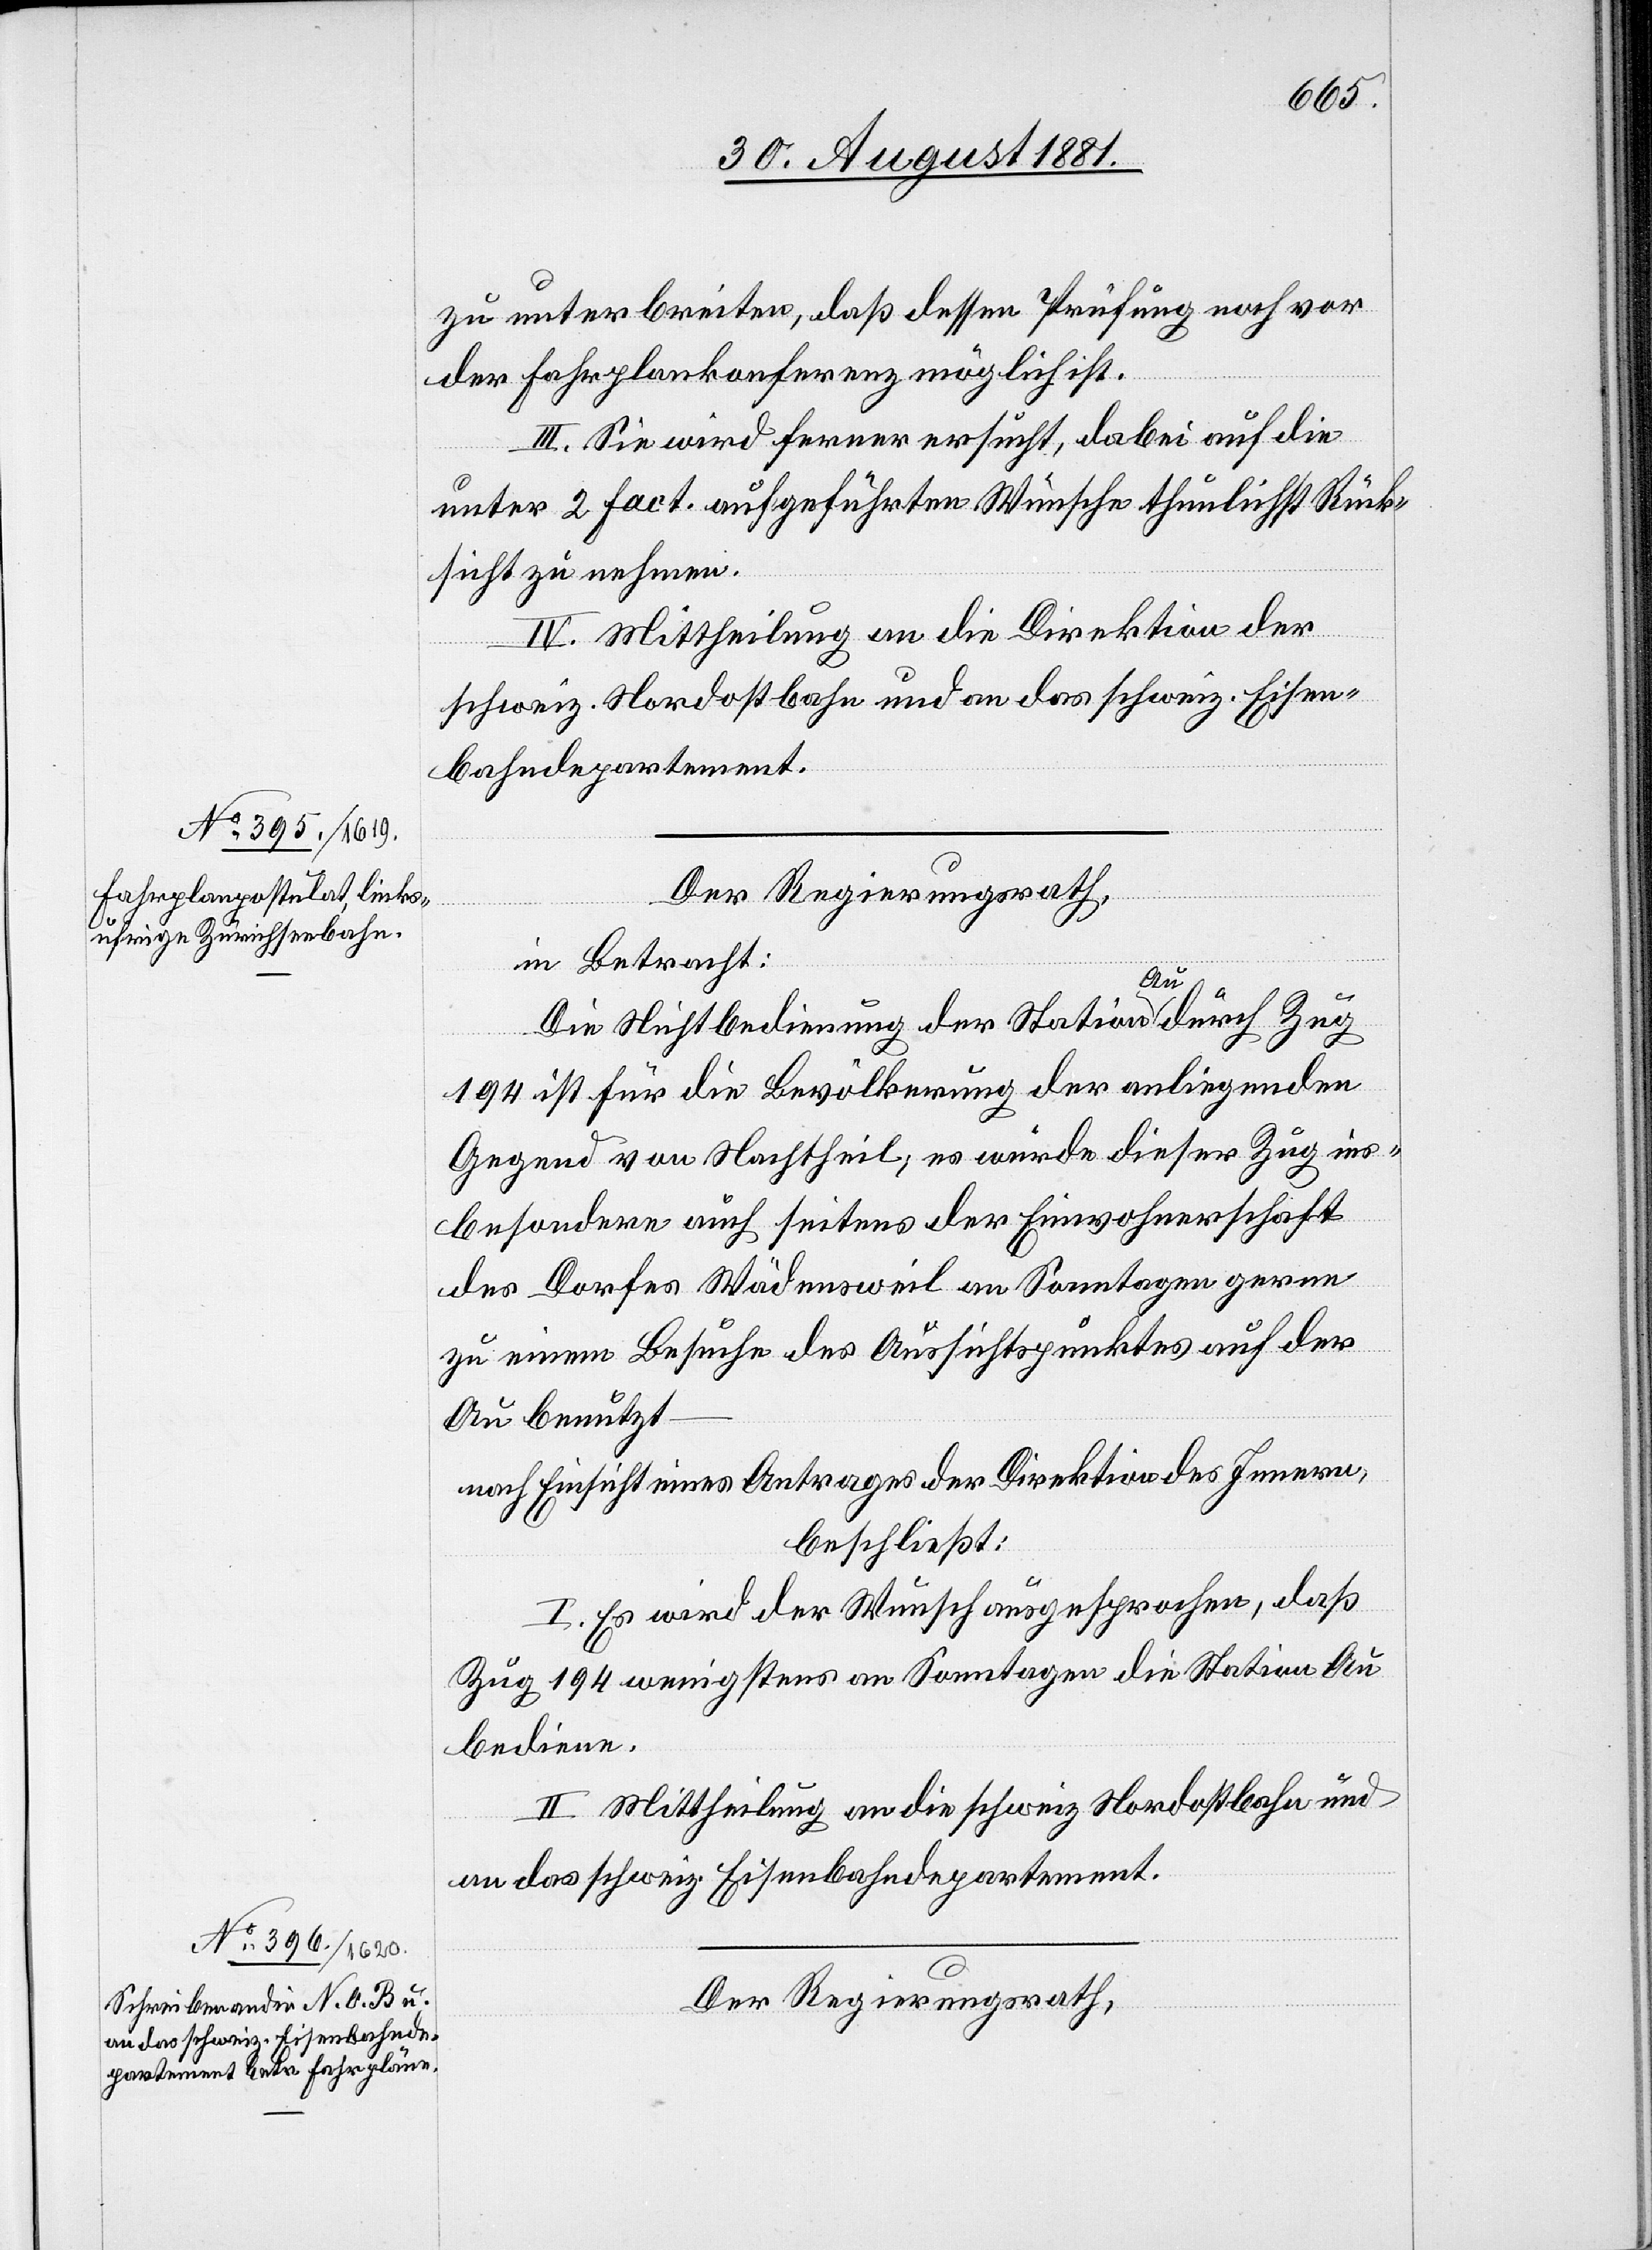
zu unterbreiten, daß dessen Prüfung noch vor
der Fahrplankonferenz möglich ist.
III. Sie wird ferner ersucht, dabei auf die
unter 2 fact. aufgeführten Wünsche thunlichst Rück¬
sicht zu nehmen.
IV. Mittheilung an die Direktion der
schweiz. Nordostbahn und an das schweiz. Eisen¬
bahndepartement.
Der Regierungsrath,
in Betracht:
Die Nichtbedienung der Station Au durch Zug
194 ist für die Bevölkerung der anliegenden
Gegend von Nachtheil; es würde dieser Zug ins¬
besondere auch seitens der Einwohnerschaft
des Dorfes Wädensweil an Sonntagen gerne
zu einem Besuche des Aussichtspunktes auf der
Au benutzt–
nach Einsicht eines Antrages der Direktion des Innern,
beschließt:
I. Es wird der Wunsch ausgesprochen, daß
Zug 194 wenigstens an Sonntagen die Station Au
bediene.
II. Mittheilung an die schweiz. Nordostbahn und
an das schweiz. Eisenbahndepartement.
Der Regierungsrath,